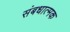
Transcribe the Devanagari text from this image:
संबधात्मक